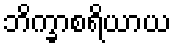
ဘိက္ခာစရိယာယ